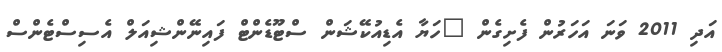
އަދި 2011 ވަނަ އަހަރުން ފެށިގެން "ހަޔާ އެޑިއުކޭޝަން ސްޓޫޑެންޓް ފައިނޭންޝިއަލް އެސިސްޓެންސް